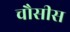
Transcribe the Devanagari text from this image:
चौसीस